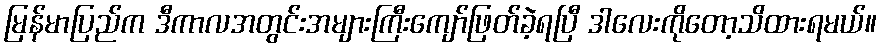
မြန်မာပြည်က ဒီကာလအတွင်းအများကြီးကျော်ဖြတ်ခဲ့ရပြီ ဒါလေးကိုတော့သိထားရမယ်။